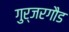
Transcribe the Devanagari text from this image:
गुर्जरगौड